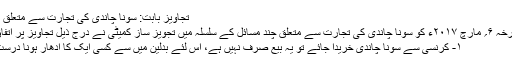
تجاویز بابت: سونا چاندی کی تجارت سے متعلق مسائل
آج مورخہ ۶؍ مارچ ۲۰۱۷ء کو سونا چاندی کی تجارت سے متعلق چند مسائل کے سلسلہ میں تجویز ساز کمیٹی نے درج ذیل تجاویز پر اتفاق کیا:
۱- کرنسی سے سونا چاندی خریدا جائے تو یہ بیعِ صرف نہیں ہے، اس لئے بدلین میں سے کسی ایک کا ادھار ہونا درست ہے۔